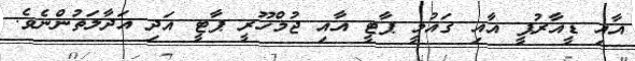
އާއި ޑީއާރުޕީ އާއި ގައުމީ ޕާޓީ އާއި ޖުމްހޫރީ ޕާޓީ އަދި އަދާލަތުންނެވެ.